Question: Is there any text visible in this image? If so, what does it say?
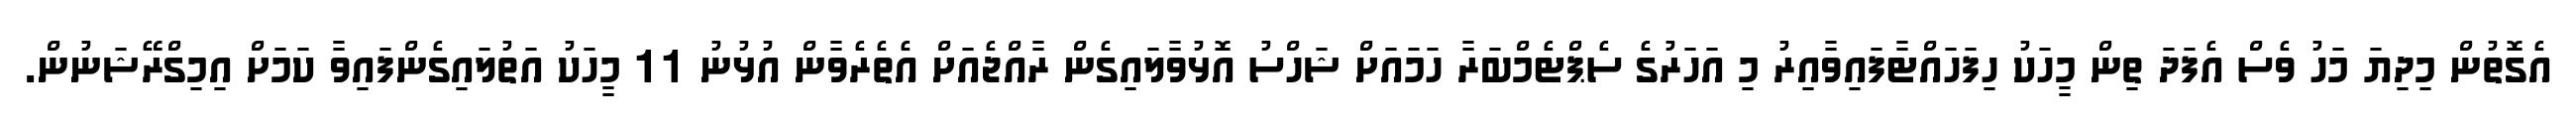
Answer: އެގޮތުން މިދިޔަ މަހު ވެސް އެފަދަ ތިން މީހަކު ހިފަހައްޓާފައިވާއިރު މި އަހަރުގެ ސެޕްޓެމްބަރާ ހަމައަށް ޝަހްސު އޮޅުވާލައިގެން ރާއްޖެއަށް އެތެރެވާން އުޅުނު 11 މީހަކު އަތުލައިގެންފައިވާ ކަމަށް އިމިގްރޭޝަނުން.